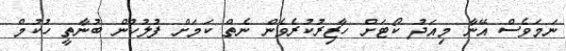
ނަމަވެސް އޭނާ މިއަދު ކޯޓަށް ހާޒިރުކުރެވެން ނެތް ކަމަށް ފުލުހުން ބުނާތީ ހުކުމް